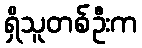
ရှိသူတစ်ဦးက